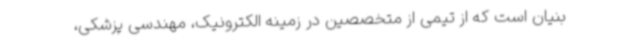
بنیان است که از تیمی از متخصصین در زمینه الکترونیک، مهندسی پزشکی،